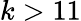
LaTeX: k>11